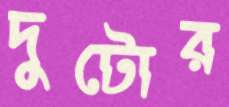
দুটোর